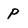
Character: P